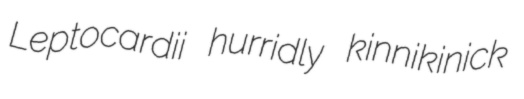
Leptocardii hurridly kinnikinick